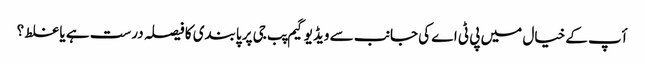
أپ کے خیال میں پی ٹی اے کی جانب سے ویڈیو گیم پب جی پر پابندی کا فیصلہ درست ہے یا غلط ؟